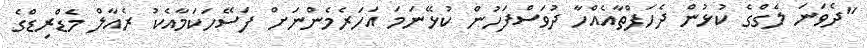
"ދެވަނަ ލެގްގެ ކުޅުން ދެހަފްތާއެއްހާ ދުވަސްފަހުން ކުޅޭނަމަ އަހަރެމެންނަށް ފަސޭހަކަމާއެކު ރެއާލް މެޑްރިޑްގެ